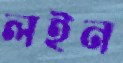
লইন